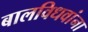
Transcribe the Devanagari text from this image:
बालविधवांना